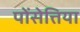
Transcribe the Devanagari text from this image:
पोंसेत्तिया